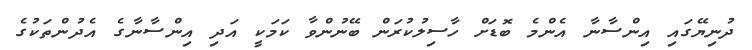
ދުނިޔޭގައި އިންސާނާ އެންމެ ބޮޑަށް ހާސިލުކުރަން ބޭނުންވާ ކަމަކީ އަދި އިންސާނާގެ އެދުންތަކުގެ